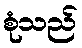
စုံသည်